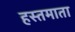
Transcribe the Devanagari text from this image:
हस्तमाता